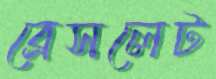
ব্রেসলেট